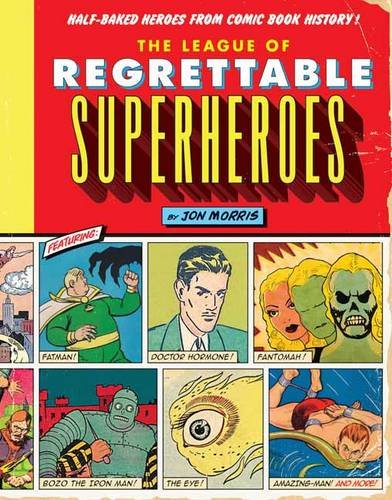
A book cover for The League of Regrettable Superheroes: Half-Baked Heroes from Comic Book History; Jon Morris; Comics & Graphic Novels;